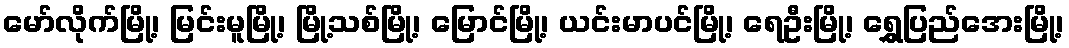
မော်လိုက်မြို့၊ မြင်းမူမြို့၊ မြို့သစ်မြို့၊ မြောင်မြို့၊ ယင်းမာပင်မြို့၊ ရေဦးမြို့၊ ရွှေပြည်အေးမြို့၊